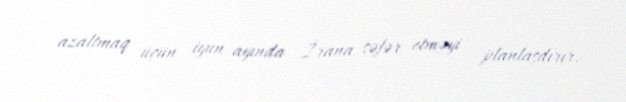
azaltmaq üçün iyun ayında İrana səfər etməyi planlaşdırır.